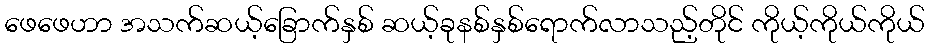
ဖေဖေဟာ အသက်ဆယ့်ခြောက်နှစ် ဆယ့်ခုနစ်နှစ်ရောက်လာသည့်တိုင် ကိုယ့်ကိုယ်ကိုယ်